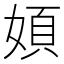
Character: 㛲